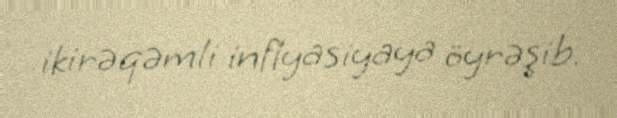
ikirəqəmli inflyasiyaya öyrəşib.